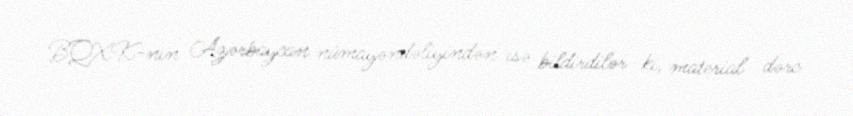
BQXK-nın Azərbaycan nümayəndəliyindən isə bildirdilər ki, material dərc